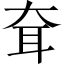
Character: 耷